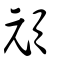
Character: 頑